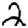
Digit: 2